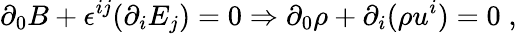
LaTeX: \partial_{0}B+\epsilon^{ij}(\partial_{i}E_{j})=0\Rightarrow\partial_{0}\rho+\partial_{i}(\rho u^{i})=0\; ,